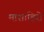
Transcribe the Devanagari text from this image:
माशाहिरो